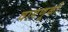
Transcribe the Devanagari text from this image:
वागणूकी